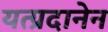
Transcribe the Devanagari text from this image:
यत्प्रदानेन